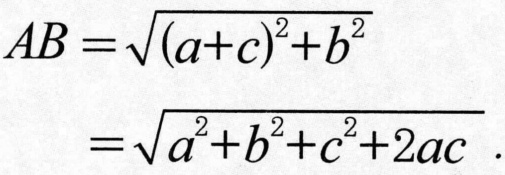
\[
\begin{align*}
AB&=\sqrt{(a + c)^2 + b^2}\\
&=\sqrt{a^2 + b^2 + c^2+2ac}\,.
\end{align*}
\]